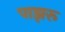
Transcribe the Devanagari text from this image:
पाझरू